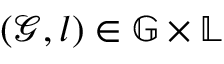
\left( { \mathcal { G } } , l \right) \in { \mathbb { G } } \times { \mathbb { L } }